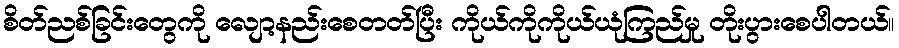
စိတ်ညစ်ခြင်းတွေကို လျော့နည်းစေတတ်ပြီး ကိုယ်ကိုကိုယ်ယုံကြည်မှု တိုးပွားစေပါတယ်။